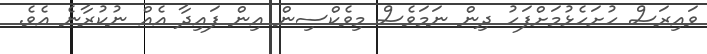
ވައިރަސް ހުށަހެޅުމަށްފަހު ދިން ނަމަވެސް މިވެކްސިން އިން ފައިދާ އެއް ނުކުރާނެ އެވެ.